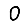
Digit: 0